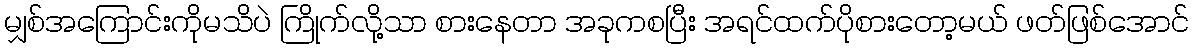
မျှစ်အကြောင်းကိုမသိပဲ ကြိုက်လို့သာ စားနေတာ အခုကစပြီး အရင်ထက်ပိုစားတော့မယ် ဖတ်ဖြစ်အောင်